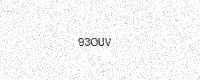
Text: 93OUV